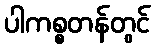
ပါကစ္စတန်တွင်